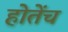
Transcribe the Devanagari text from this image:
होतेंच